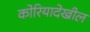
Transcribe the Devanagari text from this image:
कोरियादेखील